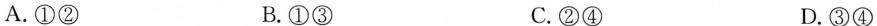
A.①② B.①③ C.②④ D.③④